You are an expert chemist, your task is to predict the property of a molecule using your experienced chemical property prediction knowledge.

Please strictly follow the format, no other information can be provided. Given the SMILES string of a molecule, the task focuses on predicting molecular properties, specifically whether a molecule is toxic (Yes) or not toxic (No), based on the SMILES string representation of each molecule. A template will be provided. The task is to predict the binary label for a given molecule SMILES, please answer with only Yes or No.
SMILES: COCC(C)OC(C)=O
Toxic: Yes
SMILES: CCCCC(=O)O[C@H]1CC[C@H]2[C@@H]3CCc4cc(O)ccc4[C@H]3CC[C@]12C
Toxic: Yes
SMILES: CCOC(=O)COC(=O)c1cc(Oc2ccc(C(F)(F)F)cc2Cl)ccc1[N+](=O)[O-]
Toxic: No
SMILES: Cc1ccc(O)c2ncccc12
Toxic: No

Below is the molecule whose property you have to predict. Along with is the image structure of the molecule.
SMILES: CCCCCCCCCCC=O
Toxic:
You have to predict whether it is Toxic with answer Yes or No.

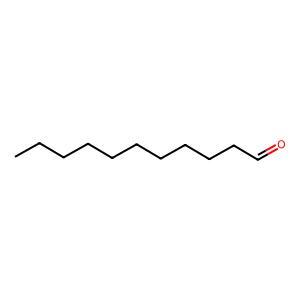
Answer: No